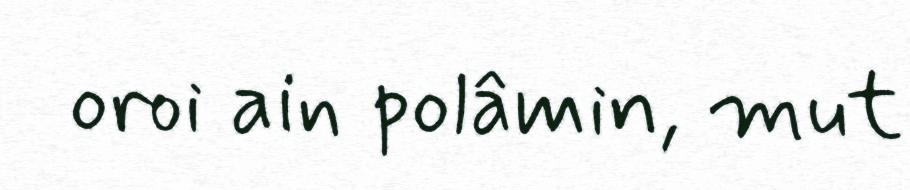
oroi ain polâmin, mut